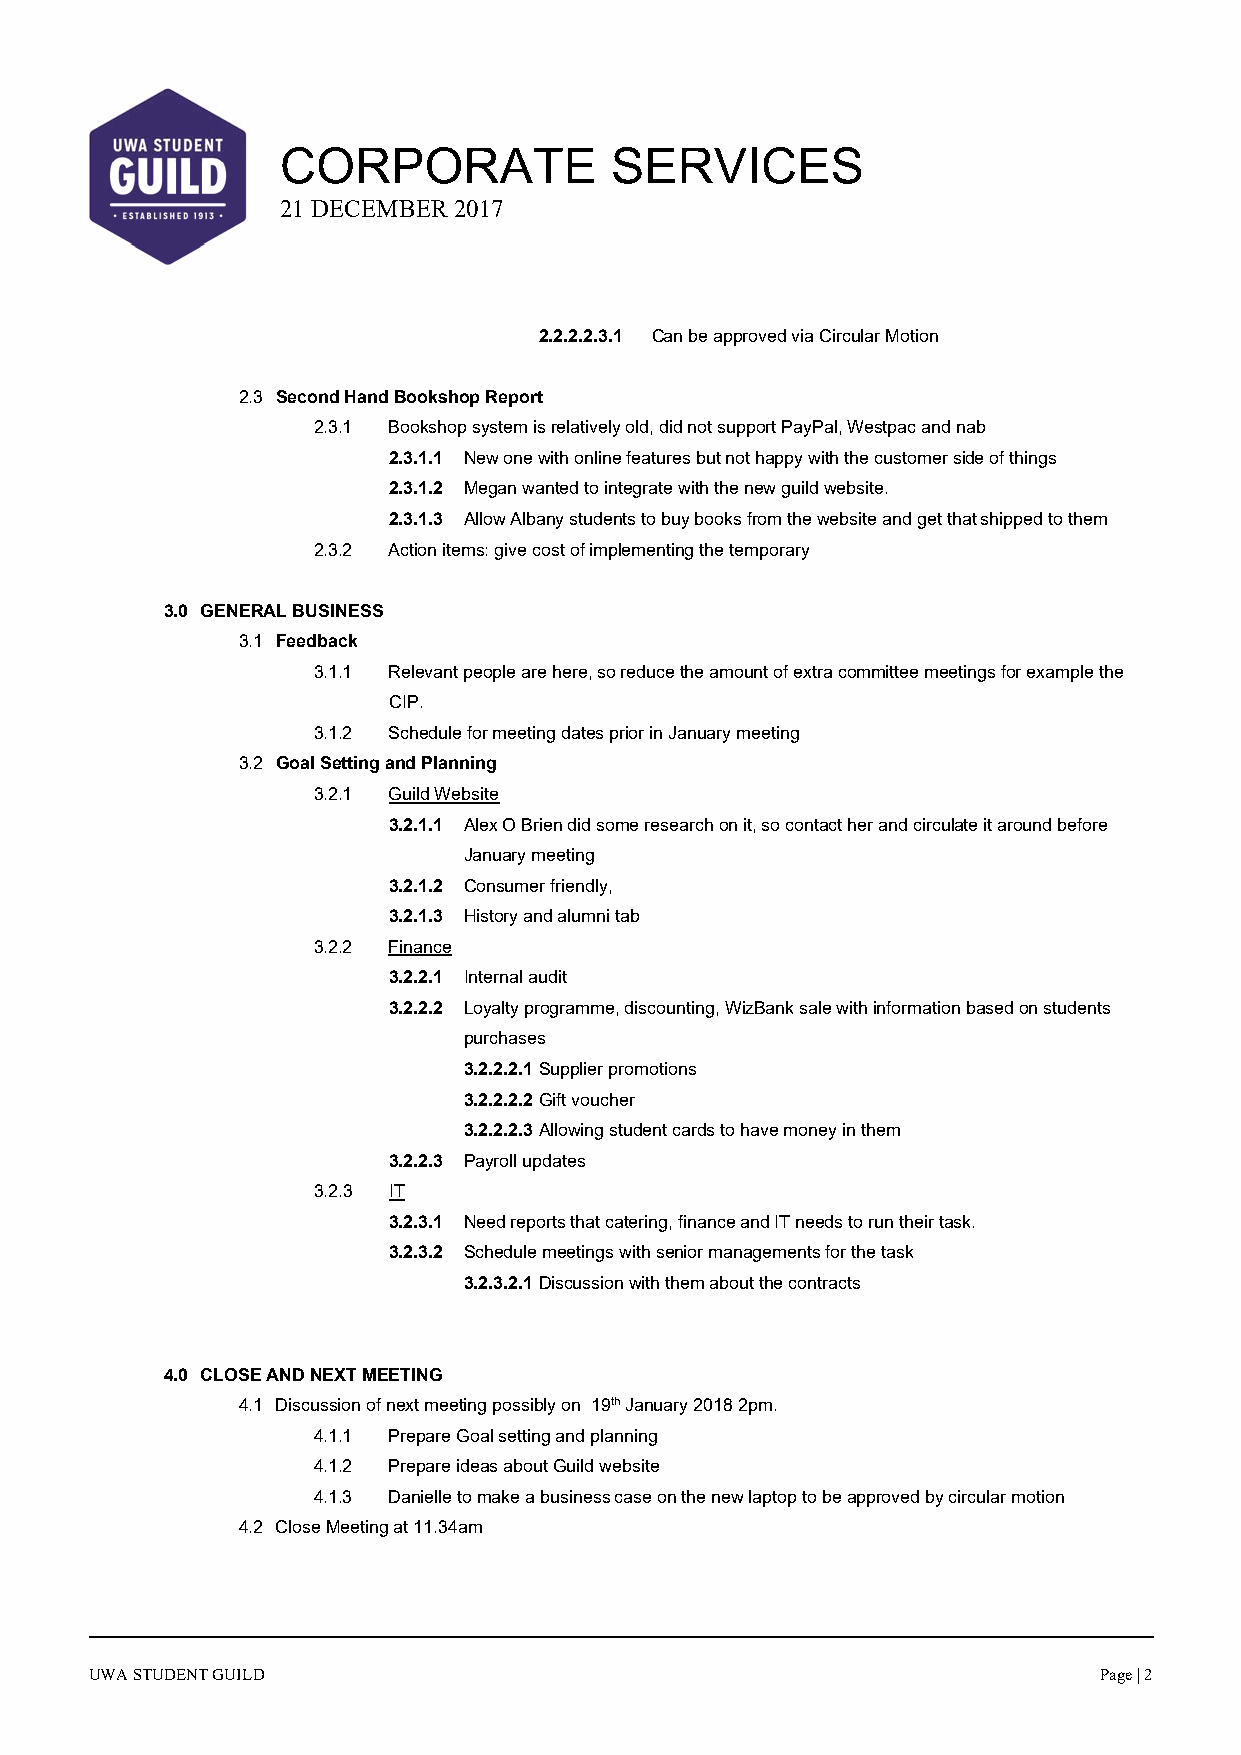
CORPORATE            SERVICES
 21 DECEMBER 2017
 2.2.2.2.3.1 Can be approved via Circular Motion
 2.3 Second Hand Bookshop Report
 2.3.1 Bookshop system is relatively old, did not support PayPal, Westpac and nab
 2.3.1.1 New one with online features but not happy with the customer side of things
 2.3.1.2 Megan wanted to integrate with the new guild website.
 2.3.1.3 Allow Albany students to buy books from the website and get that shipped to them
 2.3.2 Action items: give cost of implementing the temporary
 3.0 GENERAL BUSINESS
 3.1 Feedback
 3.1.1 Relevant people are here, so reduce the amount of extra committee meetings for example the
 CIP.
 3.1.2 Schedule for meeting dates prior in January meeting
 3.2 Goal Setting and Planning
 3.2.1 Guild Website
 3.2.1.1 Alex O Brien did some research on it, so contact her and circulate it around before
 January meeting
 3.2.1.2 Consumer friendly,
 3.2.1.3 History and alumni tab
 3.2.2 Finance
 3.2.2.1 Internal audit
 3.2.2.2 Loyalty programme, discounting, WizBank sale with information based on students
 purchases
 3.2.2.2.1 Supplier promotions
 3.2.2.2.2 Gift voucher
 3.2.2.2.3 Allowing student cards to have money in them
 3.2.2.3 Payroll updates
 3.2.3 IT
 3.2.3.1 Need reports that catering, finance and IT needs to run their task.
 3.2.3.2 Schedule meetings with senior managements for the task
 3.2.3.2.1 Discussion with them about the contracts
 4.0 CLOSE AND NEXT MEETING
 4.1 Discussion of next meeting possibly on 19th January 2018 2pm.
 4.1.1 Prepare Goal setting and planning
 4.1.2 Prepare ideas about Guild website
 4.1.3 Danielle to make a business case on the new laptop to be approved by circular motion
 4.2 Close Meeting at 11.34am
 UWA STUDENT GUILD                                                  Page | 2